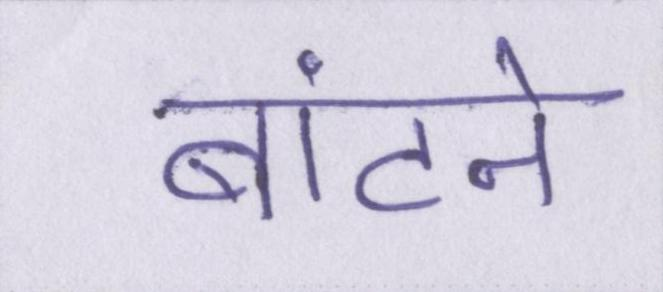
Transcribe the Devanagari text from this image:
बांटने